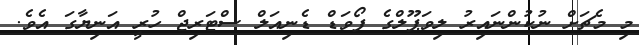
މި މެޗަށް ނުކުންނައިރު ލިވަޕޫލްގެ ފޯވަޑް ޑެނިއަލް ސްޓަރިޖް ހުރީ އަނިޔާގަ އެވެ.